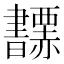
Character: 𧺅